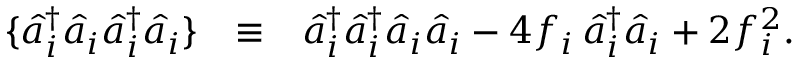
\begin{array} { r l r } { \{ \hat { a } _ { i } ^ { \dagger } \hat { a } _ { i } \hat { a } _ { i } ^ { \dagger } \hat { a } _ { i } \} } & { \equiv } & { \hat { a } _ { i } ^ { \dagger } \hat { a } _ { i } ^ { \dagger } \hat { a } _ { i } \hat { a } _ { i } - 4 f _ { i } \, \hat { a } _ { i } ^ { \dagger } \hat { a } _ { i } + 2 f _ { i } ^ { 2 } . } \end{array}